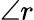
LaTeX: \angle r